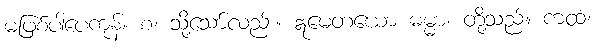
မဖြစ်ပါပေကုန်။ စ၊ သို့သော်လည်း။ ဣမေတယော ဓမ္မာ၊ တို့သည်။ ကထံ၊